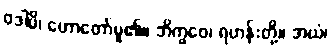
ဝဒါမိ၊ ဟောတော်မူ၏။ ဘိက္ခဝေ၊ ရဟန်းတို့။ အယံ၊